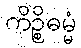
ကိဉ္စိဓမ္မံ